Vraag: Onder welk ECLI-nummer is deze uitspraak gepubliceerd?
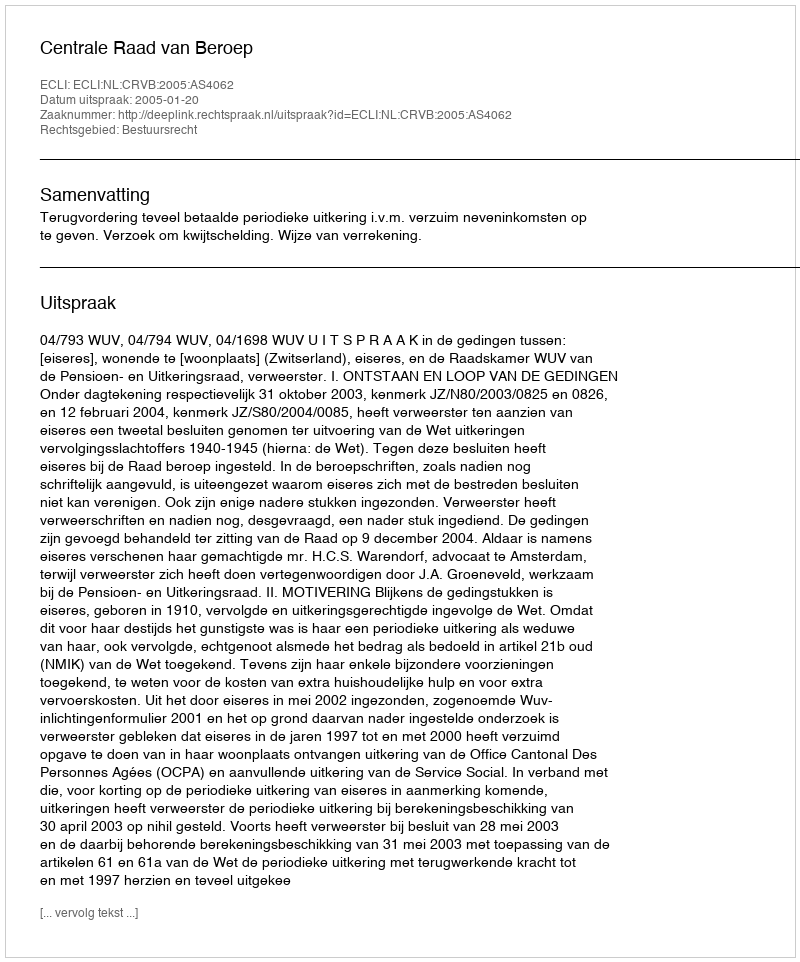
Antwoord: ECLI:NL:CRVB:2005:AS4062